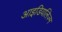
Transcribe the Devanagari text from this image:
आइडियलिज़्म